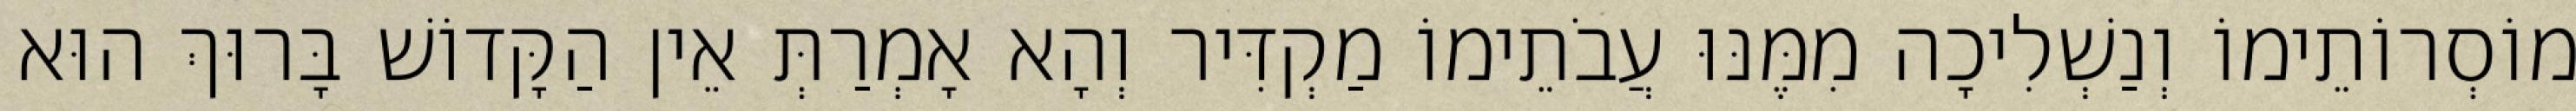
מוֹסְרוֹתֵימוֹ וְנַשְׁלִיכָה מִמֶּנּוּ עֲבֹתֵימוֹ מַקְדִּיר וְהָא אָמְרַתְּ אֵין הַקָּדוֹשׁ בָּרוּךְ הוּא